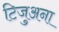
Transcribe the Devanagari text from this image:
टिजुअना